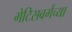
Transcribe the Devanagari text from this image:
गेटिसबर्गच्या